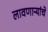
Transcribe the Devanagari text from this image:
लावणाऱ्यांचे